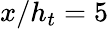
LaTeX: x/h_{t}=5